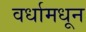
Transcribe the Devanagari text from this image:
वर्धामधून